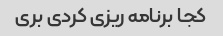
کجا برنامه ریزی کردی بری